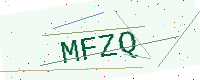
Text: MFZQ